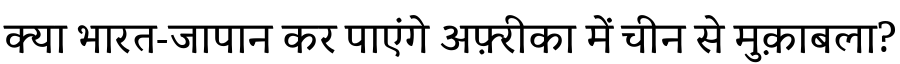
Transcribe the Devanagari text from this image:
क्या भारत-जापान कर पाएंगे अफ़्रीका में चीन से मुक़ाबला?